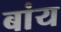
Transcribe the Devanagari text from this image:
बांय